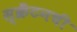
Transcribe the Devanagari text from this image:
स्क्रँटनची